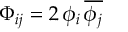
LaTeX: \Phi _ { i j } = 2 \, \phi _ { i } \, { \overline { { \phi _ { j } } } }